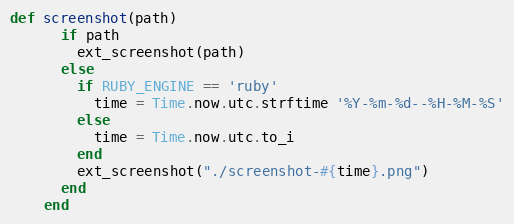
Language: Ruby
def screenshot(path)
      if path
        ext_screenshot(path)
      else
        if RUBY_ENGINE == 'ruby'
          time = Time.now.utc.strftime '%Y-%m-%d--%H-%M-%S'
        else
          time = Time.now.utc.to_i
        end
        ext_screenshot("./screenshot-#{time}.png")
      end
    end